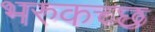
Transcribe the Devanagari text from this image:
भरुकच्छ